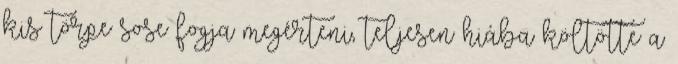
kis törpe sose fogja megérteni, teljesen hiába költötte a